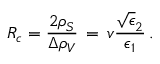
R _ { c } = { \frac { 2 \rho _ { S } } { \Delta \rho _ { V } } } \, = \, v { \frac { \sqrt \epsilon _ { 2 } } { \epsilon _ { 1 } } } \, .